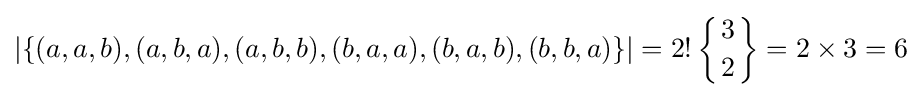
\left\vert \{(a,a,b),(a,b,a),(a,b,b),(b,a,a),(b,a,b),(b,b,a)\}\right\vert =2!\left\{{3 \atop 2}\right\}=2\times 3=6